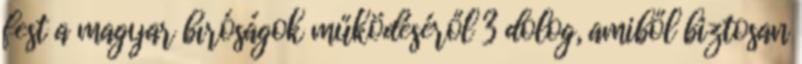
fest a magyar bíróságok működéséről 3 dolog, amiből biztosan